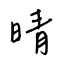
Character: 晴